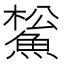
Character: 𩸝